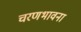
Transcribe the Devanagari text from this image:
चरणभावना